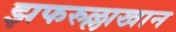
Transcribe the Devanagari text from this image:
झफरुल्लाखान